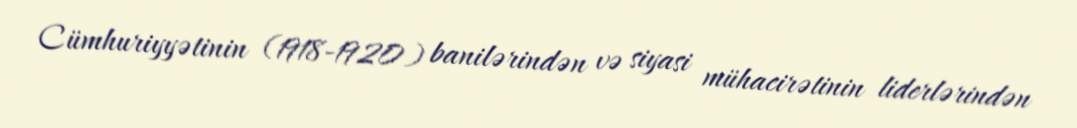
Cümhuriyyətinin (1918-1920) banilərindən və siyasi mühacirətinin liderlərindən